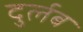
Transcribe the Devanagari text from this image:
दुर्लब